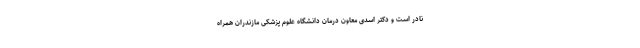
نادر است و دکتر اسدی معاون درمان دانشگاه علوم پزشکی مازندران همراه